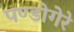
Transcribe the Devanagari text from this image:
पण्डोगेरे